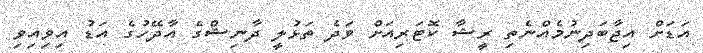
އަޑަަށް އިޖާބަދިނުމެއްނެތި ރީޝާ ކޮޓަރިއަށް ވަދެ ތަޅުލީ ދާނިޝްގެ އާދޭހުގެ އަޑު އިވިއިވި